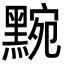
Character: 黦